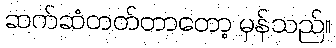
ဆက်ဆံတတ်တာတော့ မှန်သည်။